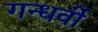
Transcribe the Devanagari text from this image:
गन्धर्वी